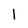
Character: 1